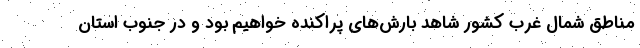
مناطق شمال غرب کشور شاهد بارش‌های پراکنده خواهیم بود و در جنوب استان